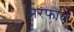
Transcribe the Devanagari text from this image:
अरफात